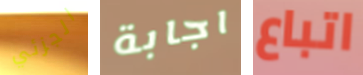
الجزئي اجابة اتباع